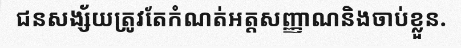
ជនសង្ស័យត្រូវតែកំណត់អត្តសញ្ញាណនិងចាប់ខ្លួន.